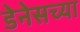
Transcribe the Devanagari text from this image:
डेनेसच्या